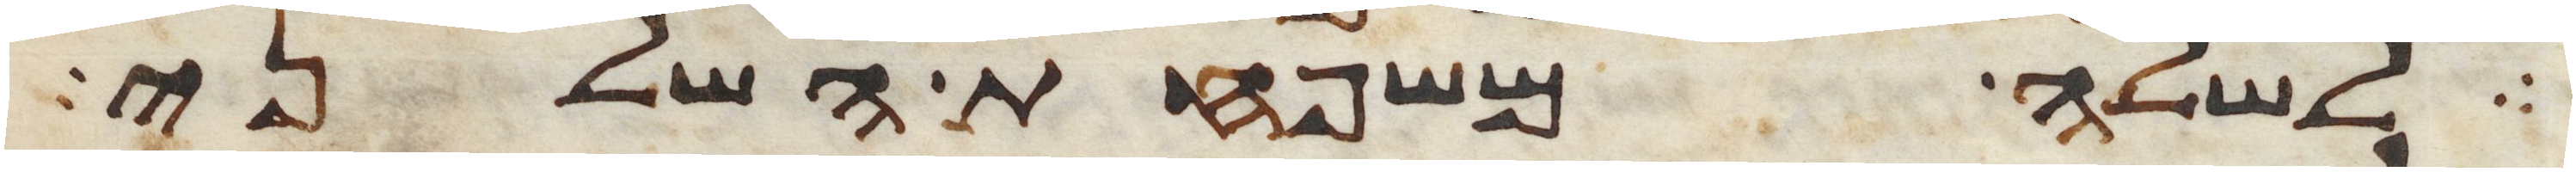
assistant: לשלה משפחת השלני